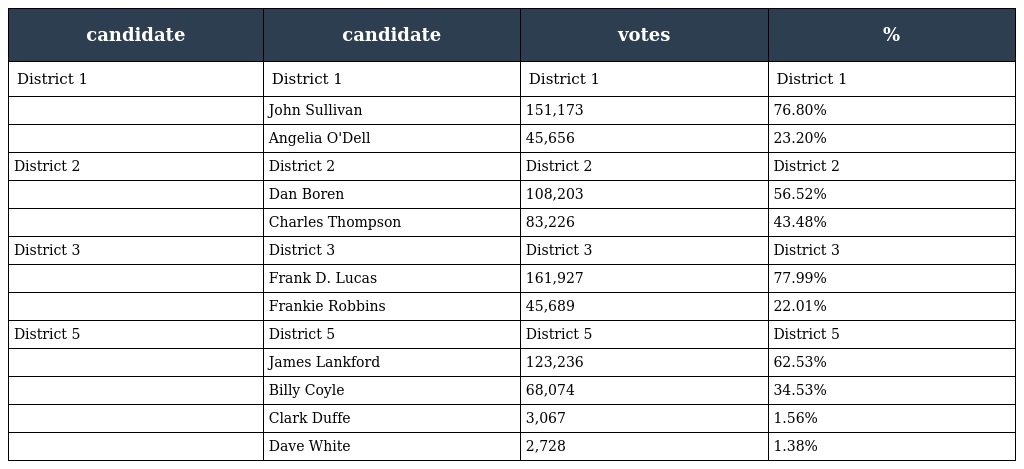
| candidate | candidate | votes | % |
 | --- | --- | --- | --- |
 | District 1 | District 1 | District 1 | District 1 |
 |  | John Sullivan | 151,173 | 76.80% |
 |  | Angelia O'Dell | 45,656 | 23.20% |
 | District 2 | District 2 | District 2 | District 2 |
 |  | Dan Boren | 108,203 | 56.52% |
 |  | Charles Thompson | 83,226 | 43.48% |
 | District 3 | District 3 | District 3 | District 3 |
 |  | Frank D. Lucas | 161,927 | 77.99% |
 |  | Frankie Robbins | 45,689 | 22.01% |
 | District 5 | District 5 | District 5 | District 5 |
 |  | James Lankford | 123,236 | 62.53% |
 |  | Billy Coyle | 68,074 | 34.53% |
 |  | Clark Duffe | 3,067 | 1.56% |
 |  | Dave White | 2,728 | 1.38% |